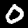
Label: 0